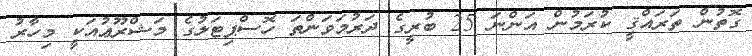
ގޮތުން ތަރައްޤީ ކުރަމުން އަންނަ 25 ބުރީގެ ދަރުމަވަންތަ ހޮސްޕިޓަލުގެ މަޝްރޫޢުއަކީ މިހާރު